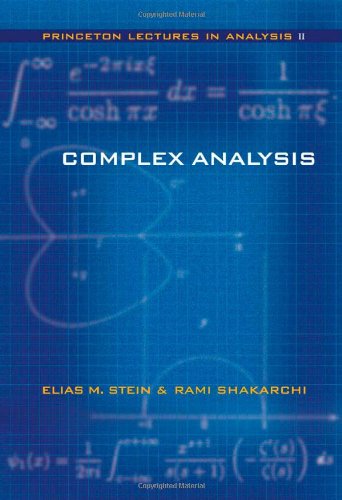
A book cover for Complex Analysis (Princeton Lectures in Analysis, No. 2); Elias M. Stein; Science & Math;